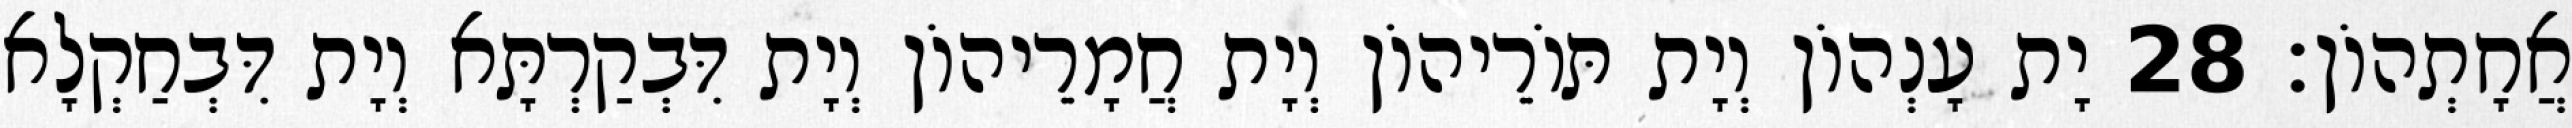
אֲחָתְהוֹן׃ 28 יָת עָנְהוֹן וְיָת תּוֹרֵיהוֹן וְיָת חֲמָרֵיהוֹן וְיָת דִּבְקַרְתָּא וְיָת דִּבְחַקְלָא